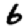
Digit: 6